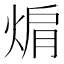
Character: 𭵅